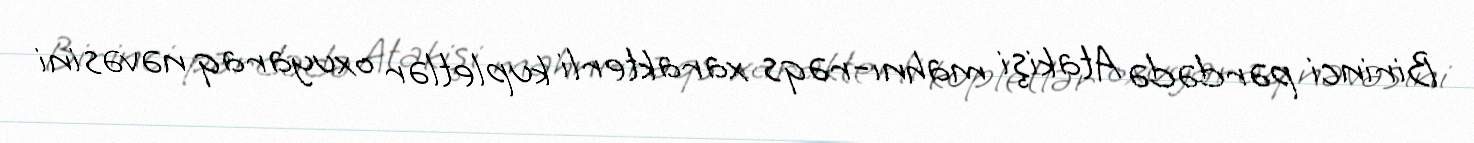
Birinci pərdədə Atakişi mahnı-rəqs xarakterli kupletlər oxuyaraq nəvəsini